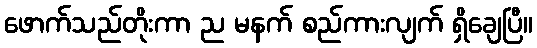
ဖောက်သည်တိုးကာ ည မနက် စည်ကားလျက် ရှိချေပြီ။